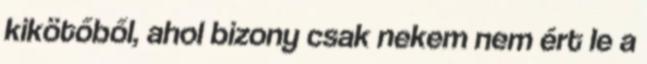
kikötőből, ahol bizony csak nekem nem ért le a